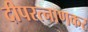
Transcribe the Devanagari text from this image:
दीपरत्नाणकर